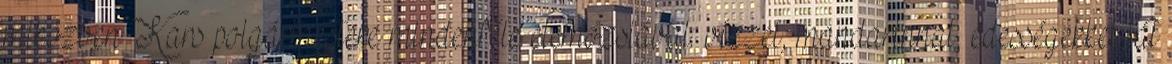
miközben Kars polgármestere mindenféle elemózsiával: vízzel, mandarinnal, édességekkel lát